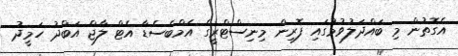
އެގޮތުން މި ބައްދަލުވުމުގައި ފޮރިން މިނިސްޓްރީގެ އެމްބެސެޑާ އެޓް ލާޖް އަބްދު ހަމީދު